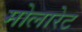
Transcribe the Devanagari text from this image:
मोलारेट